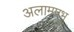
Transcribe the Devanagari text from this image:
अलामप्रभु